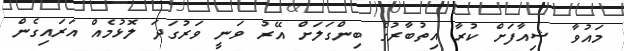
މައުވާ ޝިއާފަށް ކުރާ އިތުބާރުގެ ބިންގަލަށް އޭރު ވަނީ ވަރުގަދަ ލޮޅުމެއް އަރައިގެން